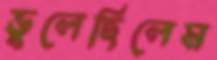
ভুলেছিলেম